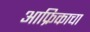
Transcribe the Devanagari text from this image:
आफ्रिकाचा